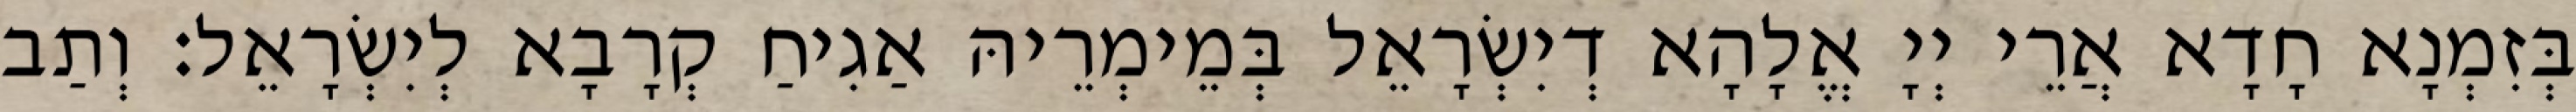
בְּזִמְנָא חָדָא אֲרֵי יְיָ אֱלָהָא דְיִשְׂרָאֵל בְּמֵימְרֵיהּ אַגִיחַ קְרָבָא לְיִשְׂרָאֵל׃ וְתַב